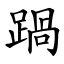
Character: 踻